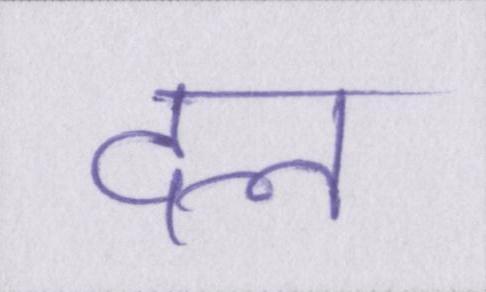
दल